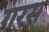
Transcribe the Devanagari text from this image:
गरस